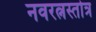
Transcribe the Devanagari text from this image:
नवरत्नस्तोत्र